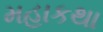
મહાકથા